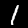
Digit: 1